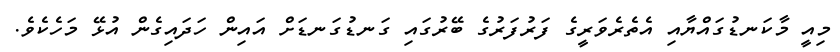
މިއީ މާކަނޑުގައްޔާއި އެތެރެވަރީގެ ފަރުފަރުގެ ބޭރުގައި ގަނޑުގަނޑަށް އައިން ހަދައިގެން އުޅޭ މަހެކެވެ.